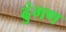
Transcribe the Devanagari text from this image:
ढुंगण